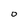
Character: O